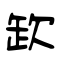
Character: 欫